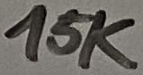
Text: 15K